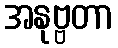
အနုဗ္ဗတာ